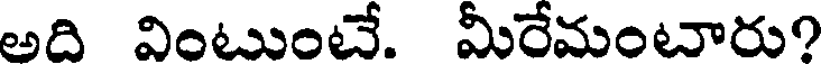
అది వింటుంటే. మీరేమంటారు?